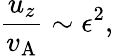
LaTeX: \frac{u_{z}}{v_{\mathrm{A}}}\sim\epsilon^{2},